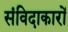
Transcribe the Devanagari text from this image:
संविदाकारों